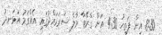
8:30 އިން ފަތިހު 4:30 އަށް ގްރޭޓާ މާލެ ސަރަހައްދުގައި އެއްގަމު އުޅަނދު